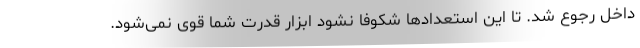
داخل رجوع شد. تا این استعدادها شکوفا نشود ابزار قدرت شما قوی نمی‌شود.